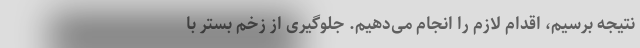
نتیجه برسیم، اقدام لازم را انجام می‌دهیم. جلوگیری از زخم‌ بستر با